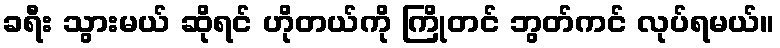
ခရီး သွားမယ် ဆိုရင် ဟိုတယ်ကို ကြိုတင် ဘွတ်ကင် လုပ်ရမယ်။